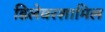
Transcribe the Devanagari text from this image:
डिलेवरशामिल